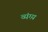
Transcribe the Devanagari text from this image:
व्यंग्य़